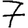
Digit: 7